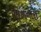
ગાળનારા